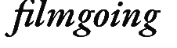
filmgoing